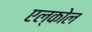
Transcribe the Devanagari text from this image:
एल्कोल